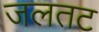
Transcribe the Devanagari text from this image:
जलतट